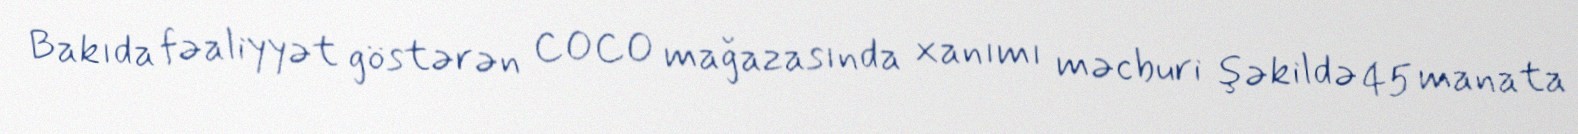
Bakıda fəaliyyət göstərən COCO mağazasında xanımı məcburi şəkildə 45 manata